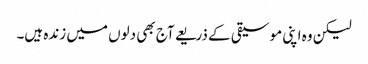
لیکن وہ اپنی موسیقی کے ذریعے آج بھی دلوں میں زندہ ہیں۔